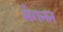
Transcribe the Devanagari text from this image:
मैगनन